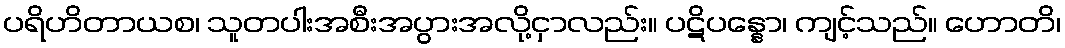
ပရိဟိတာယစ၊ သူတပါးအစီးအပွားအလို့ငှာလည်း။ ပဋိပန္နော၊ ကျင့်သည်။ ဟောတိ၊